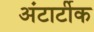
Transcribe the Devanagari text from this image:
अंटार्टीक